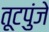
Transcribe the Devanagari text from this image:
तूटपुंजे